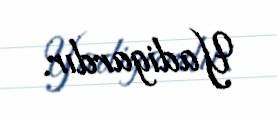
Yadigardır.